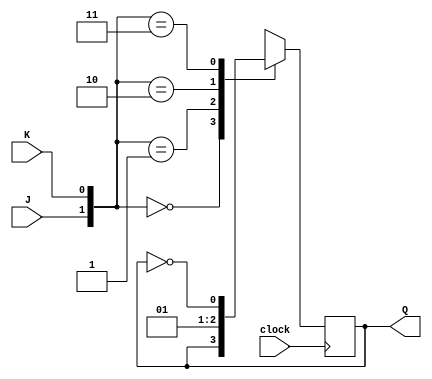
module JK_Flip_Flop(J, K, clock, Q);
  input J, K, clock;
  output  Q;
  reg Q;
  initial
    Q = 1'b0;
  always @(posedge clock)
    case({J, K})
      2'b00:  Q <= Q;
      2'b01:  Q <= 1'b0;
      2'b10:  Q <= 1'b1;
      2'b11:  Q <= ~Q;
    endcase
endmodule